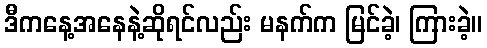
ဒီကနေ့အနေနဲ့ဆိုရင်လည်း မနက်က မြင်ခဲ့၊ ကြားခဲ့။